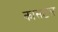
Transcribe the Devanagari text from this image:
कासटल